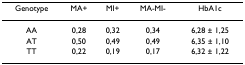
<table><thead><tr><td><b>Genotype</b></td><td><b>MA+</b></td><td><b>MI+</b></td><td><b>MA-MI-</b></td><td><b>HbA1c</b></td></tr></thead><tbody><tr><td>AA</td><td>0,28</td><td>0,32</td><td>0,34</td><td>6,28 ± 1,25</td></tr><tr><td>AT</td><td>0,50</td><td>0,49</td><td>0,49</td><td>6,35 ± 1,10</td></tr><tr><td>TT</td><td>0,22</td><td>0,19</td><td>0,17</td><td>6,32 ± 1,22</td></tr></tbody></table>